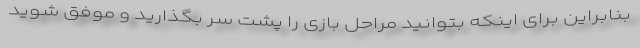
بنابراین برای اینکه بتوانید مراحل بازی را پشت سر بگذارید و موفق شوید